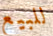
للبيع